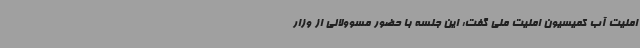
امنیت آب کمیسیون امنیت ملی گفت: این جلسه با حضور مسوولانی از وزار